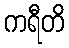
ကရီတိ